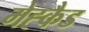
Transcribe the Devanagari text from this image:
मेह्कैड